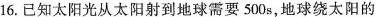
16.已知太阳光从太阳射到地球需要500s，地球绕太阳的